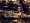
أسلافي